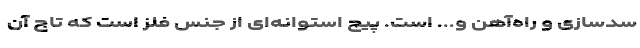
سدسازی و راه‌آهن و... است. پیچ استوانه‌ای از جنس فلز است که تاج آن